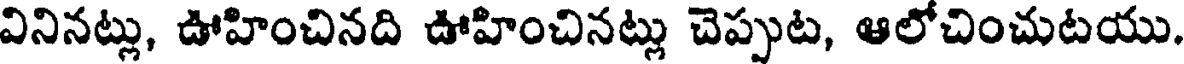
వినినట్లు, ఊహించినది ఊహించినట్లు చెప్పుట, ఆలోచించుటయు.